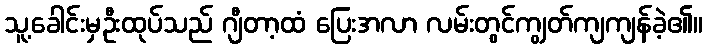
သူ့ခေါင်းမှဦးထုပ်သည် ဂျီတာ့ထံ ပြေးအလာ လမ်းတွင်ကျွတ်ကျကျန်ခဲ့၏။